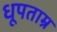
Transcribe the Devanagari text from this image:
धूपताम्र